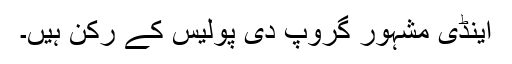
اینڈی مشہور گروپ دی پولیس کے رکن ہیں۔